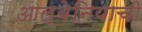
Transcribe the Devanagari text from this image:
आल्बेनियाची